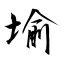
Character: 堬